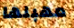
مهبلها